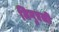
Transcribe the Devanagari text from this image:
मिगुएली